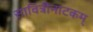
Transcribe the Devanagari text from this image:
सावित्रीनाटकम्